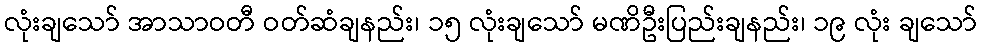
လုံးချသော် အာသာဝတီ ဝတ်ဆံချနည်း၊ ၁၅ လုံးချသော် မဏိဦးပြည်းချနည်း၊ ၁၉ လုံး ချသော်